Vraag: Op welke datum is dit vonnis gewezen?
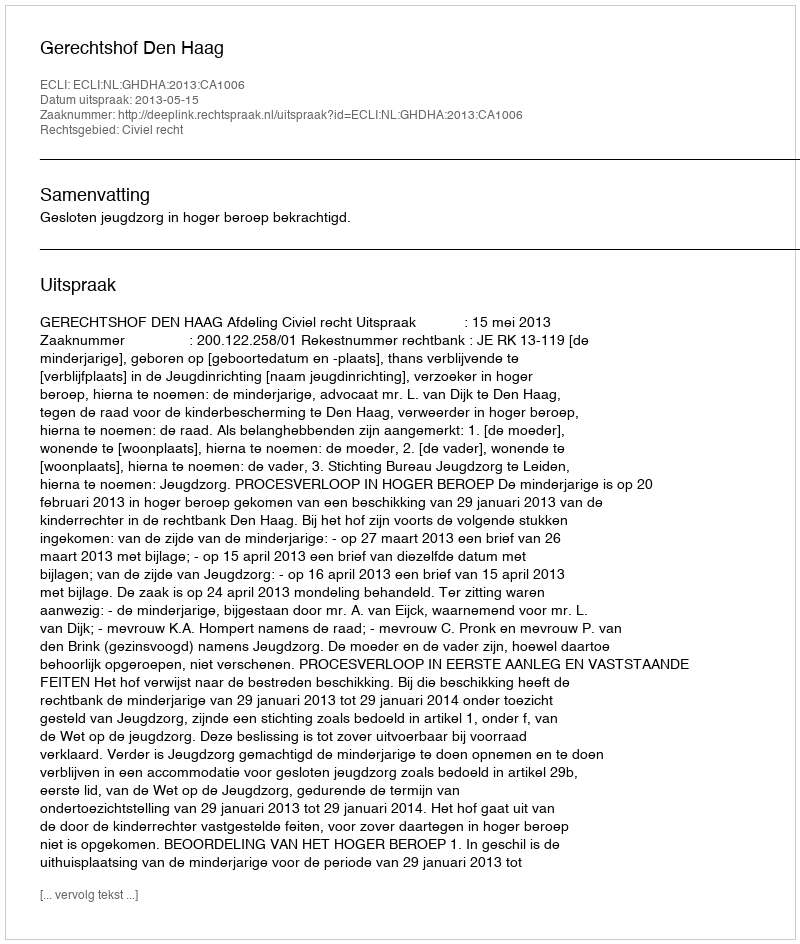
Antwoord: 2013-05-15